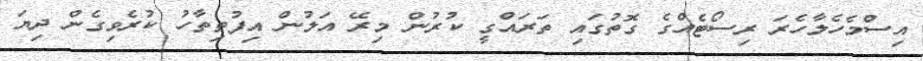
އިސްމެހެލާހެރަ ރިސޯޓެއްގެ ގޮތުގައި ތަރައްގީ ކުރުން މިރޭ އަލުން އިފުތިތާހު ކުރެވިގެން ދިޔަ